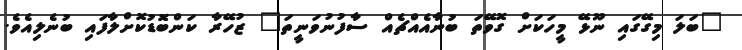
"ބަލަ މިގޭގައި ނޫޅޭ މީހަކަށް ގޮވޭތަ ބުނާއެއްޗެއް ސާފުނުވަނީތަ" ޒުހޭރާ ކަންބޮޑުކޮށްލާފައި ބުނެލިއެވެ.